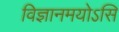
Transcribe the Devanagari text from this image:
विज्ञानमयोऽसि